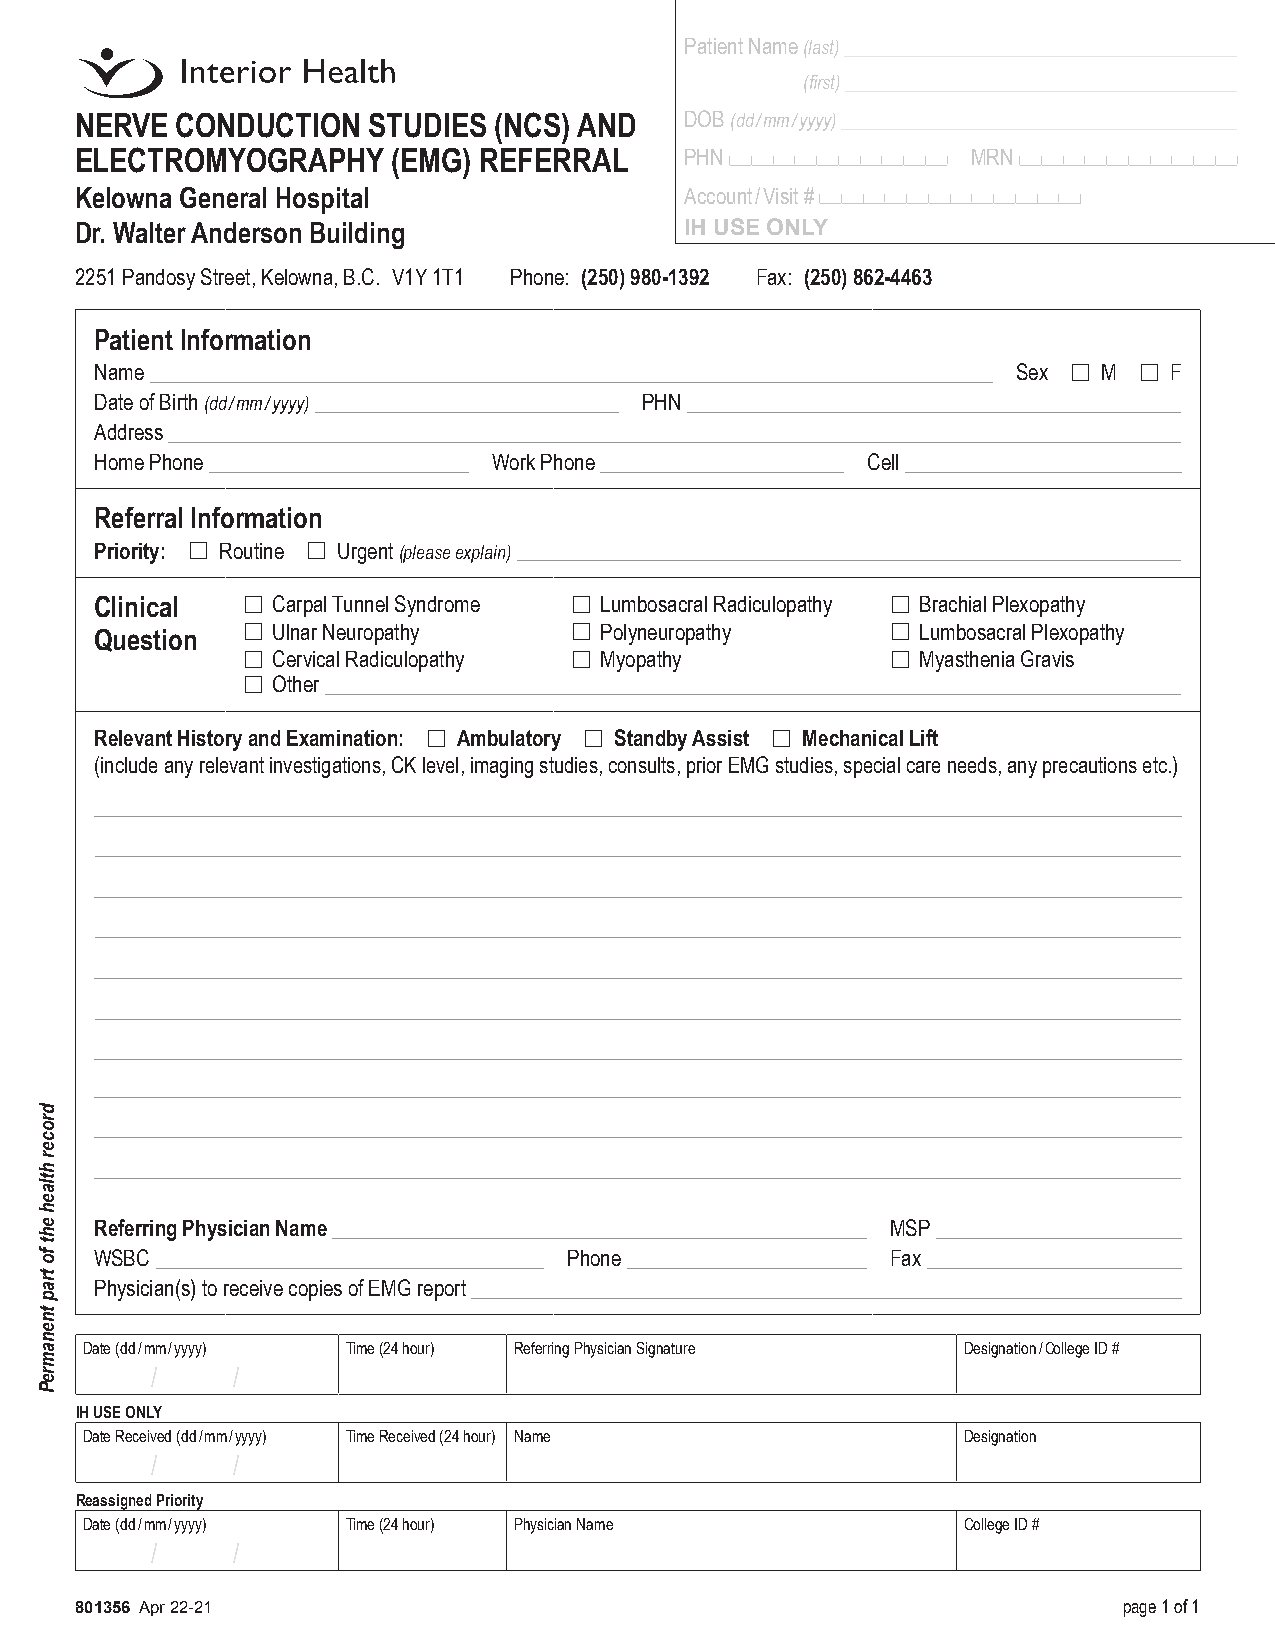
Patient Name (last)
 (first)
 NERVE  CONDUCTION  STUDIES  (NCS) AND   DOB (dd / mm / yyyy)
 ELECTROMYOGRAPHY     (EMG) REFERRAL     PHN                MRN
 Kelowna General Hospital                Account / Visit #
 Dr. Walter Anderson Building            IH USE ONLY
 2251 Pandosy Street, Kelowna, B.C. V1Y 1T1 Phone: (250) 980-1392 Fax: (250) 862-4463
 Patient Information
 Name                                                         Sex ☐ M ☐ F
 Date of Birth (dd / mm / yyyy)       PHN
 Address
 Home Phone                 Work Phone              Cell
 Referral Information
 Priority: ☐ Routine ☐ Urgent (please explain)
 Clinical  ☐ Carpal Tunnel Syndrome ☐ Lumbosacral Radiculopathy ☐ Brachial Plexopathy
 ☐ Ulnar Neuropathy    ☐ Polyneuropathy     ☐ Lumbosacral Plexopathy
 Question
 ☐ Cervical Radiculopathy ☐ Myopathy        ☐ Myasthenia Gravis
 ☐ Other
 Relevant History and Examination: ☐ Ambulatory ☐ Standby Assist ☐ Mechanical Lift
 (include any relevant investigations, CK level, imaging studies, consults, prior EMG studies, special care needs, any precautions etc.)
 Referring Physician Name                             MSP
 WSBC                            Phone                Fax
 Physician(s) to receive copies of EMG report
 Date (dd / mm / yyyy) Time (24 hour) Referring Physician Signature Designation / College ID #
 /    /
 IH USE ONLY
 Date Received (dd / mm / yyyy) Time Received (24 hour) Name Designation
 /    /
 Reassigned Priority
 Date (dd / mm / yyyy) Time (24 hour) Physician Name       College ID #
 /    /
 801356 Apr 22-21                                                     page 1 of 1
 drocer
 htlaeh
 eht
 fo
 trap
 tnenamreP